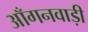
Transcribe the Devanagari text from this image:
आँगनवाड़ी